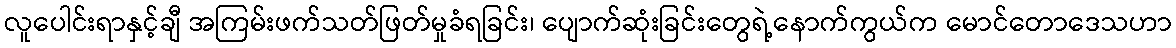
လူပေါင်းရာနှင့်ချီ အကြမ်းဖက်သတ်ဖြတ်မှုခံရခြင်း၊ ပျောက်ဆုံးခြင်းတွေရဲ့နောက်ကွယ်က မောင်တောဒေသဟာ